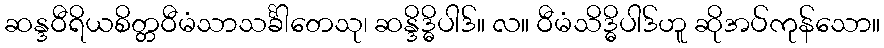
ဆန္ဒဝီရိယစိတ္တဝီမံသာသင်္ခါတေသု၊ ဆန္ဒိဒ္ဓိပါဒ်။ လ။ ဝီမံသိဒ္ဓိပါဒ်ဟူ ဆိုအပ်ကုန်သော။